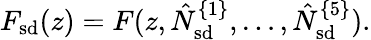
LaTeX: F_{\mathrm{sd}}(z)=F(z,\hat{N}_{\mathrm{sd}}^{\{ 1\} },\ldots,\hat{N}_{\mathrm{sd}}^{\{ 5\} }).